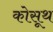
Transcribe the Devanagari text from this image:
कोसूथ